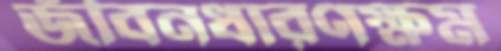
জীবনধারণক্ষম